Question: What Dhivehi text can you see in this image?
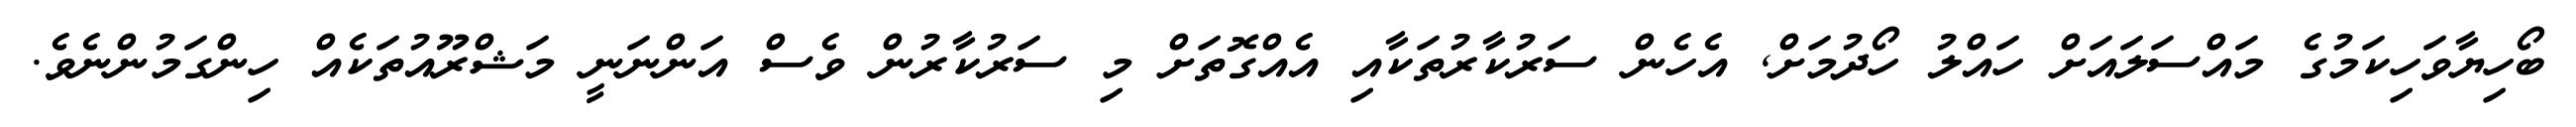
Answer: ބޯހިޔާވަހިކަމުގެ މައްސަލައަށް ހައްލު ހޯދުމަށް, އެހެން ސަރުކާރުތަކާއި އެއްގޮތަށް މި ސަރުކާރުން ވެސް އަންނަނީ މަޝްރޫއުތަކެއް ހިންގަމުންނެވެ.